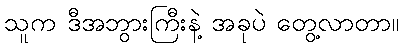
သူက ဒီအဘွားကြီးနဲ့ အခုပဲ တွေ့လာတာ။